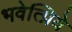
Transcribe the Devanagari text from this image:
भवेत्प्रिये